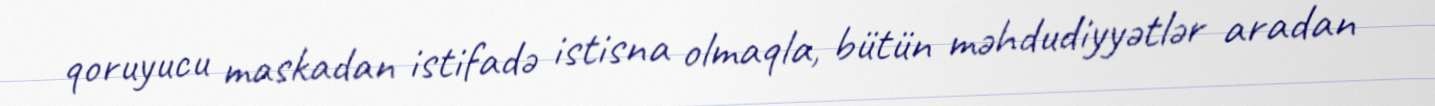
qoruyucu maskadan istifadə istisna olmaqla, bütün məhdudiyyətlər aradan